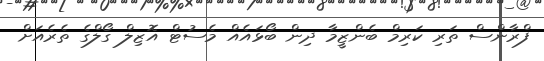
ފްރާންސް ތަރި ކަރިމް ބެންޒީމާ ދިން ބޯޅައެއް މެސުޓް އޮޒިލް ގޯލްގެ ތެރެއަށް